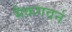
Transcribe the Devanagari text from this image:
मैकगवर्न